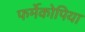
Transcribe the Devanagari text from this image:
फर्मेकोपिया